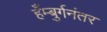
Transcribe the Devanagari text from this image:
हँम्बुर्गनंतर